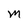
Character: M